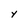
Character: y